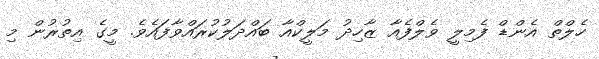
ހެލްތް އެންޑް ފެމިލީ ވެލްފެއާ ޒާހިދު މަލީކްއާ ބައްދަލުކުރައްވާފައެވެ. މީގެ އިތުރުން މި